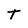
Character: T